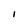
Character: I